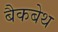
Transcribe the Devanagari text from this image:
बैकबेथ